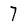
Character: 7